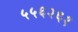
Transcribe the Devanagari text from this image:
५५६२६१